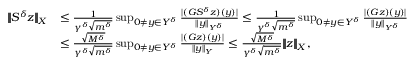
\begin{array} { r l } { | \! | \! | S ^ { \delta } z | \! | \! | _ { X } } & { \leq \frac { 1 } { \gamma ^ { \delta } \sqrt { m ^ { \delta } } } \operatorname* { s u p } _ { 0 \neq y \in Y ^ { \delta } } \frac { | ( G S ^ { \delta } z ) ( y ) | } { \| y \| _ { Y ^ { \delta } } } \leq \frac { 1 } { \gamma ^ { \delta } \sqrt { m ^ { \delta } } } \operatorname* { s u p } _ { 0 \neq y \in Y ^ { \delta } } \frac { | ( G z ) ( y ) | } { \| y \| _ { Y ^ { \delta } } } } \\ & { \leq \frac { \sqrt { M ^ { \delta } } } { \gamma ^ { \delta } \sqrt { m ^ { \delta } } } \operatorname* { s u p } _ { 0 \neq y \in Y ^ { \delta } } \frac { | ( G z ) ( y ) | } { \| y \| _ { Y } } \leq \frac { \sqrt { M ^ { \delta } } } { \gamma ^ { \delta } \sqrt { m ^ { \delta } } } | \! | \! | z | \! | \! | _ { X } , } \end{array}